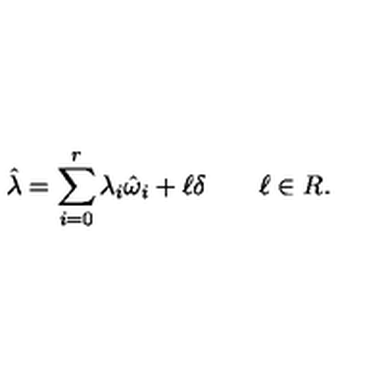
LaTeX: \hat { \lambda } = \sum _ { i = 0 } ^ { r } \lambda _ { i } \hat { \omega } _ { i } + \ell \delta \qquad \ell \in R .